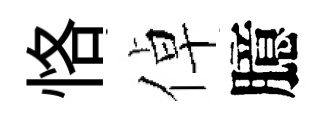
恪倬臆